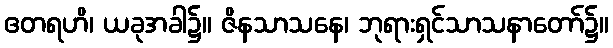
ဧတရဟိ၊ ယခုအခါ၌။ ဇိနသာသနေ၊ ဘုရားရှင်သာသနာတော်၌။